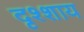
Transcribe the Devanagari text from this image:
दृश्शाय